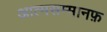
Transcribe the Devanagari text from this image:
आत्मसम्मानफ़